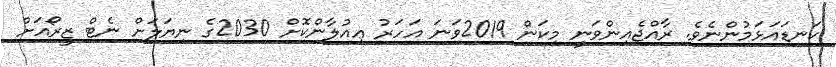
ކަނޑައަޅަމުންނެވެ. ރާއްޖެއިންވަނީ މިކަން 2019ވަނަ އަހަރު ޢިއުލާންކޮށް 2030ގެ ނިޔަލަށް ނެޓް ޒީރޯއަށް